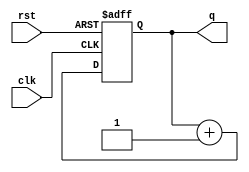
`timescale 1ns / 1ps

module counter_module(rst,clk,q);
  input clk;
  input rst;
  output reg[27:0]q=28'd0;
  
  always@(posedge clk , posedge rst)
    begin
     if(rst)
       q<=0;
     else
       q<=q+1;
   end  
  
endmodule